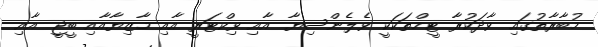
މުބާރާތުގައި ވާދަކުރާ ޓީމްތަކަކީ ވެލެންސިޔާ އާއި ވިކްޓަރީ އާއި މާޒިޔާއާއި ބީޖީ އާއި